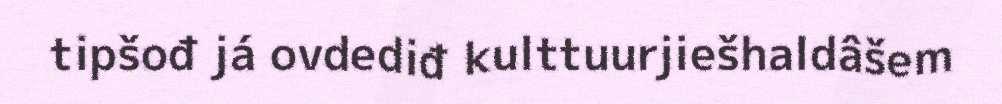
tipšođ já ovdediđ kulttuurjiešhaldâšem